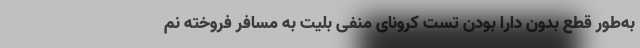
به‌طور قطع بدون دارا بودن تست کرونای منفی بلیت به مسافر فروخته نم